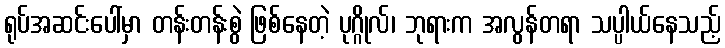
ရုပ်အဆင်းပေါ်မှာ တန်းတန်းစွဲ ဖြစ်နေတဲ့ ပုဂ္ဂိုလ်၊ ဘုရားက အလွန်တရာ သပ္ပါယ်နေသည့်